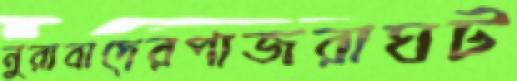
নুরাবাদেরপাজরাঘট